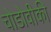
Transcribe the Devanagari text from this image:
चोडोवीकी